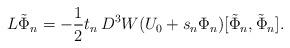
LaTeX: \begin{align*} L\tilde\Phi_n =-\frac12 t_n\, D^3W(U_0+s_n\Phi_n)[\tilde\Phi_n,\tilde\Phi_n].\end{align*}